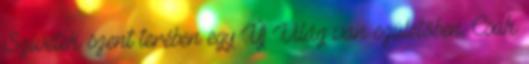
Szívetek szent terében egy Új Világ van születőben. Csak